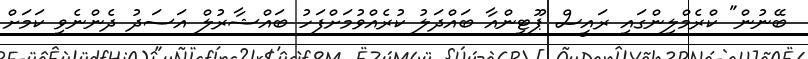
ބޭނުން" ކްރެމްލިންގައި ރައީސް ޕޫޓިންއާ ބައްދަލު ކުރެއްވުމަށްފަހު ބައްޝާރުލް އަސަދު ދެންނެވި ކަމަށް